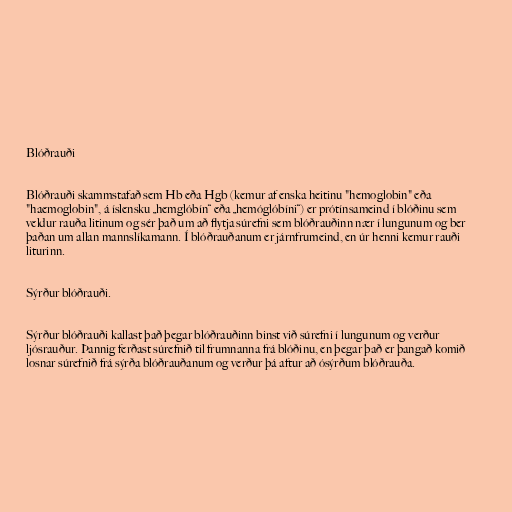
Blóðrauði

Blóðrauði skammstafað sem Hb eða Hgb (kemur af enska heitinu "hemoglobin" eða
"haemoglobin", á íslensku „hemglóbín“ eða „hemóglóbíni“) er prótínsameind í blóðinu sem
veldur rauða litinum og sér það um að flytja súrefni sem blóðrauðinn nær í lungunum og ber
þaðan um allan mannslíkamann. Í blóðrauðanum er járnfrumeind, en úr henni kemur rauði
liturinn.

Sýrður blóðrauði.

Sýrður blóðrauði kallast það þegar blóðrauðinn binst við súrefni í lungunum og verður
ljósrauður. Þannig ferðast súrefnið til frumnanna frá blóðinu, en þegar það er þangað komið
losnar súrefnið frá sýrða blóðrauðanum og verður þá aftur að ósýrðum blóðrauða.